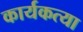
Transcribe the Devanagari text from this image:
कार्यकत्या